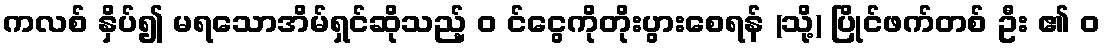
ကလစ် နှိပ်၍ မရသောအိမ်ရှင်ဆိုသည့် ၀ င်ငွေကိုတိုးပွားစေရန် (သို့) ပြိုင်ဖက်တစ် ဦး ၏ ၀